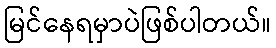
မြင်နေရမှာပဲဖြစ်ပါတယ်။